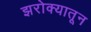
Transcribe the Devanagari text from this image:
झरोक्यातून